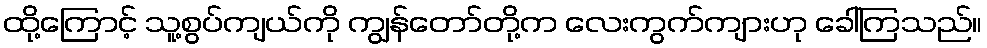
ထို့ကြောင့် သူ့စွပ်ကျယ်ကို ကျွန်တော်တို့က လေးကွက်ကျားဟု ခေါ်ကြသည်။